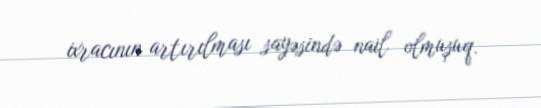
ixracının artırılması sayəsində nail olmuşuq.